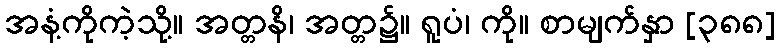
အနံ့ကိုကဲ့သို့။ အတ္တနိ၊ အတ္တ၌။ ရူပံ၊ ကို။ စာမျက်နှာ [၃၈၈]